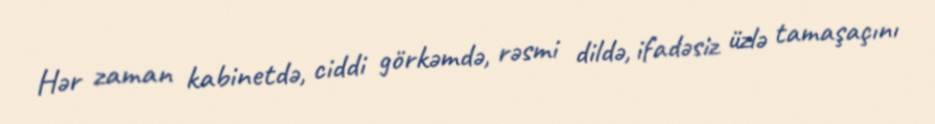
Hər zaman kabinetdə, ciddi görkəmdə, rəsmi dildə, ifadəsiz üzlə tamaşaçını